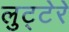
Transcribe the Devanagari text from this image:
लुट्टेरे